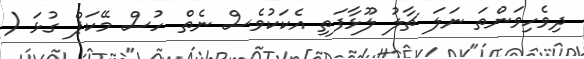
ދިވެހިވަންތަ ނަލަ ޗާލު ލޫޅާާފަތި އެކަކުވެސް ނެތް ހުސް މޭކަޕް ގުޅަ (